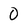
Character: 0